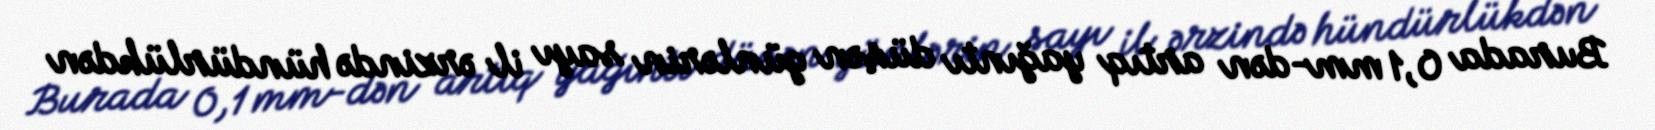
Burada 0,1 mm-dən artıq yağıntı düşən günlərin sayı il ərzində hündürlükdən